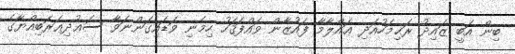
ބިން އަބީ ޒައިދު ރަޙިމަހުއަދި ޢައްލާމާ ފައުޒާން ވައްފަޤަހު ހިމެނި ވަޑައިގަންނަވާ ސަޢުދިޢަރަބިއްޔާގެ